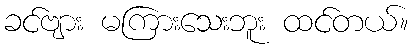
ခင်ဗျား မကြားသေးဘူး ထင်တယ်။